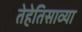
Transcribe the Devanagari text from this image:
तेहेतिसाव्या